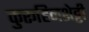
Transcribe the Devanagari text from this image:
कुरूहिनशेट्टी